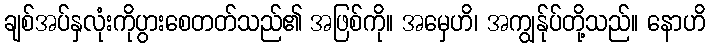
ချစ်အပ်နှလုံးကိုပွားစေတတ်သည်၏ အဖြစ်ကို။ အမှေဟိ၊ အကျွန်ုပ်တို့သည်။ နောဟိ